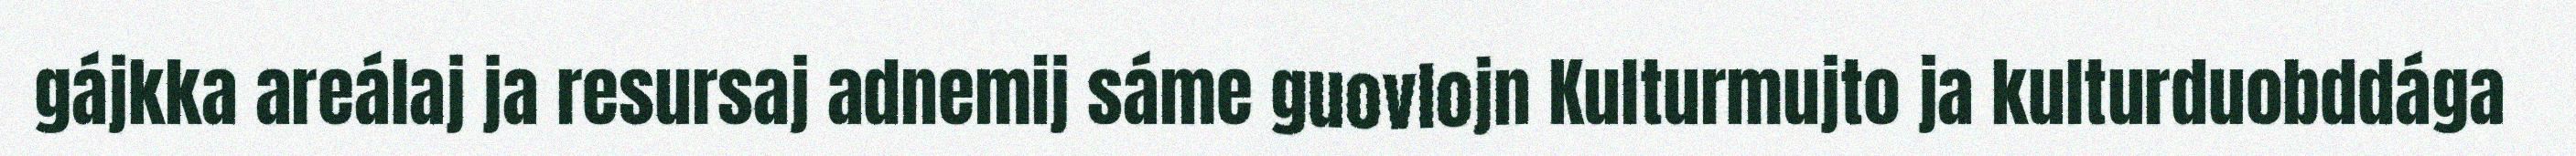
gájkka areálaj ja resursaj adnemij sáme guovlojn Kulturmujto ja kulturduobddága